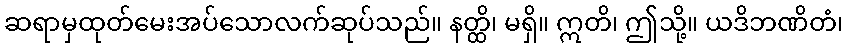
ဆရာမှထုတ်မေးအပ်သောလက်ဆုပ်သည်။ နတ္ထိ၊ မရှိ။ ဣတိ၊ ဤသို့။ ယဒိဘဏိတံ၊